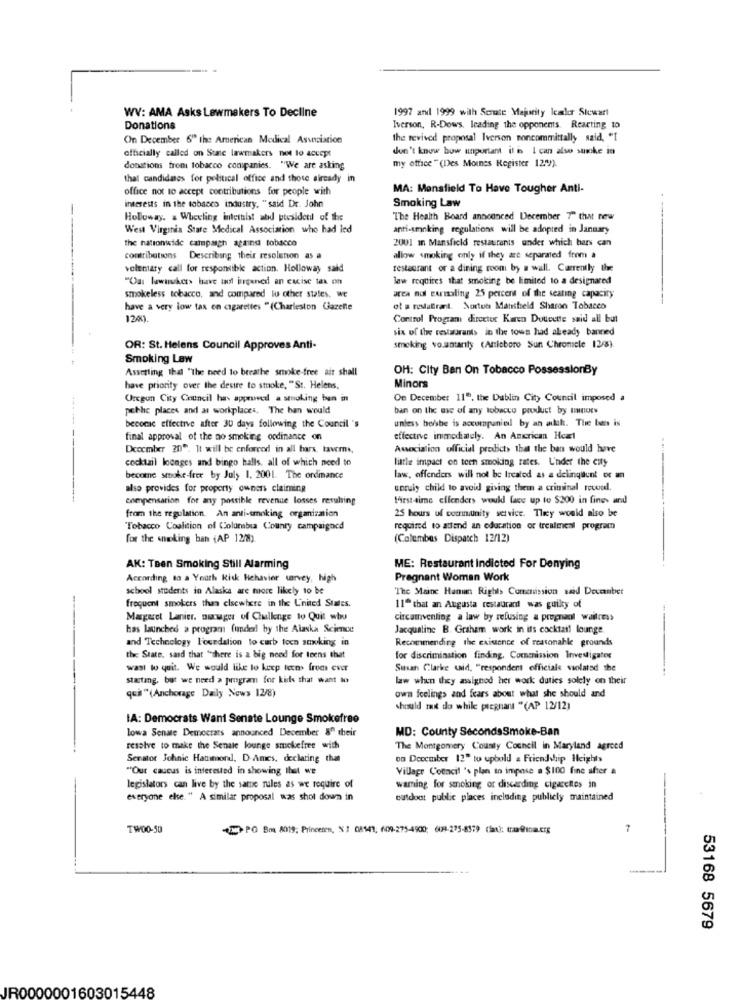
1997 and 1999 with Senate Majority leader Stewart
WV: AMA Asks Lawmakers To Decline
Donations
Iverson, R-Dows, leading the opponents. Reacting to
On December 6" the American Medical Association
the revived proposal Iverson noncommittally said, "[
don't know how unportant it i I can also surke in
officially called on State lawmakers not to accept
my office " (Des Moines Register 129)).
donations from tobacco companies. "We are asking
that candidates for political office and those already in
office not to accept contributions for people with
MA: Mansfield To Have Tougher Anti-
Smoking Law
interests in the tobacco industry, "said De. John
Holloway. . Wheeling intettist and president of the
The Health Board announced December 7" that new
West Virginia Stare Medical Association who had led
anti-smoking regulations will be adopted in January
the nationwide campaigh againg tobacco
2001 in Mansfield restaurants under which bars can
contributions Describing their resolution as a
allow smoking only if they are separated from a
volentary call for responsible action. Holloway said
restaurant or a dining room by a wall. Currently the
"Ou: lawnukers have tool brganed an cacise tax on
law requires that smoking be limited to a designared
smokeless tobacco, and compared lu other states. we
area nol earmaling 25 percent of the seating capacity
have a very low tax en cigarettes "(Charleston Gazette
of a restaErant. Norton Mansfield Sharon Tobacco
120).
Control Program director Karen Dottectte said all but
six of the restaurants in the tows had already banned
OR: St. Helens Council Approves Anti-
smoking vo.untarty (Arloboro Sun Chromele 12/8).
Smoking Law
Assetting Ihal "The need to breathe smoke-free ait shall
OH: City Ban On Tobacco PossessionBy
have priority over the desire to smoke, "St. Helens,
Minors
Oregon City Council has approved a smoking ban in
On December 11", the Dublin City Council imposed a
pethe places and at workplaces. The ban would
ban on the use of any tobacco product by tanoes
unless he/she is accompanied by an alah. The beis is
become effective after 30 days following the Council 's
final approval of the no smoking ordinance on
effective immediately. An American Heart
Deocmber 20". It will be enforced in all bars, tavern ..
Association official predict> that the ban would have
-------
cocktail locages and bingo halls, all of which need to
little impact on tech smoking tates. L'nder the city
become smoke-free by July 1. 2001. The ordinance
law, offenders will not be treated as a delingllent of an
also provides for property owners claiming
unruly child to avoid giving them a criminal revoel.
compensation for any possible revenue losses resulting
First-time elfenders would lace up to $200 in fines and
25 hours of community service. They would also be
from the regulation. An anti-smoking organization
"Tobacco Coalition of Columbia County campaigncd
required to attend an education or trealmenl program
for the smoking ban (AP 12/2).
(Colembas Dispatch 12/12)
AK: Teen Smoking Still Alarming
ME: Restaurant Indicted For Denying
According to a Youth Risk Fichavier warvey, high
Pregnant Woman Work
school students in Alaska are more likely to be
The Maine Human Rights Commission said December
frequent smokers than elsewhere in the L'inited States.
-
11ª that an Augusta restaurant was guilty of
Margaret Lanier. ninger of Challenge to Quit who
circumventing a law by refusing a pregnant waitress
has launched a program funded by the Alaska Science
Jacqueline B. Graham work in its cocktail lounge
and Technology l'oundation to curb toen smoking in
Recommending the existence of reasonable grounds
the State, said that "there is a big need for teens that
for discrimination finding, Commission Investigates
wast to quit. We would like to keep teens from ever
Susan Clarke said, "respondent officials violated the
starting, but we need a program for kids that want to
law when they assigned her work duties solely on their
own feelings and fears about what she should and
quil " (Anchorage Daily News 12/8)
should mit do while pregnant "(AP 12/12)
IA: Democrats Want Senate Lounge Smokefree
lowa Senate Democrats announced December 8" their
MD: County SecondsSmoke-Ban
resolve to make the Senate lounge smokefree with
The Montgomery County Council in Maryland agreed
Senator Johnic Hammond, D-Ames, declaring than
on December 12" to uphold a Friendship Heights
"Our caucus is interested in showing that we
Village Council 's plan to impose a $100 fine after &
legislators can live by the same rules as we require of
waming for smoking or discarding cigarettes in
everyone else. " A similar proposal was shot down in
cutdoct public places including publicly maintained
TWOO-50
THE PO Bra 8019; Princenen, X 1 08171; (099-275-4900; 604-275-8379 (lan): traa@hioauerg
7
53168 5679
IR0000001603015448